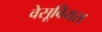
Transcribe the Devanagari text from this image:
वेसूवियस